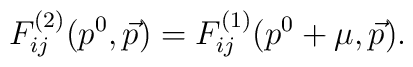
F^{(2)}_{i j} (p^0, \vec{p}) = F^{(1)}_{i j} (p^0 + \mu, \vec{p}) .